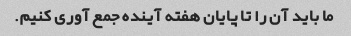
ما باید آن را تا پایان هفته آینده جمع آوری کنیم.